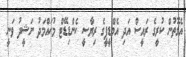
އެގޮތުން ކުރީގެ ރައީސް އަދި އެމްޑީޕީގެ ރިޔާސީ ކެންޑިޑޭޓް މުޙައްމަދު ނަޝީދު ވަނީ